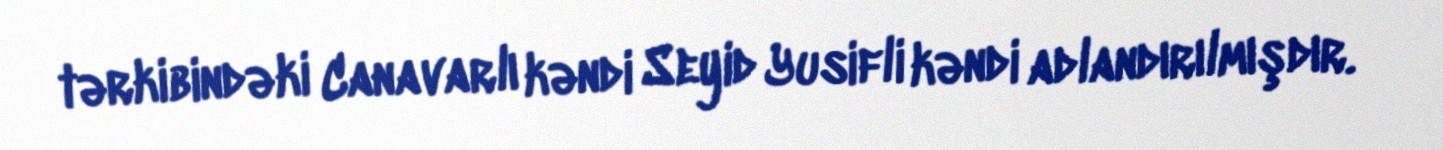
tərkibindəki Canavarlı kəndi Seyid Yusifli kəndi adlandırılmışdır.